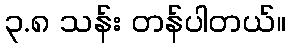
၃.၈ သန်း တန်ပါတယ်။